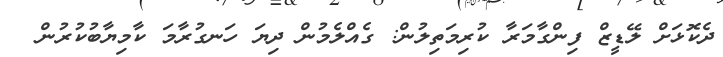
ދެކޮޅަށް ލޭޑީޒް ފިންގާމަރާ ކުރިމަތިލުން: ގެއްލެމުން ދިޔަ ހަނގުރާމަ ކާމިޔާބުކުރުން